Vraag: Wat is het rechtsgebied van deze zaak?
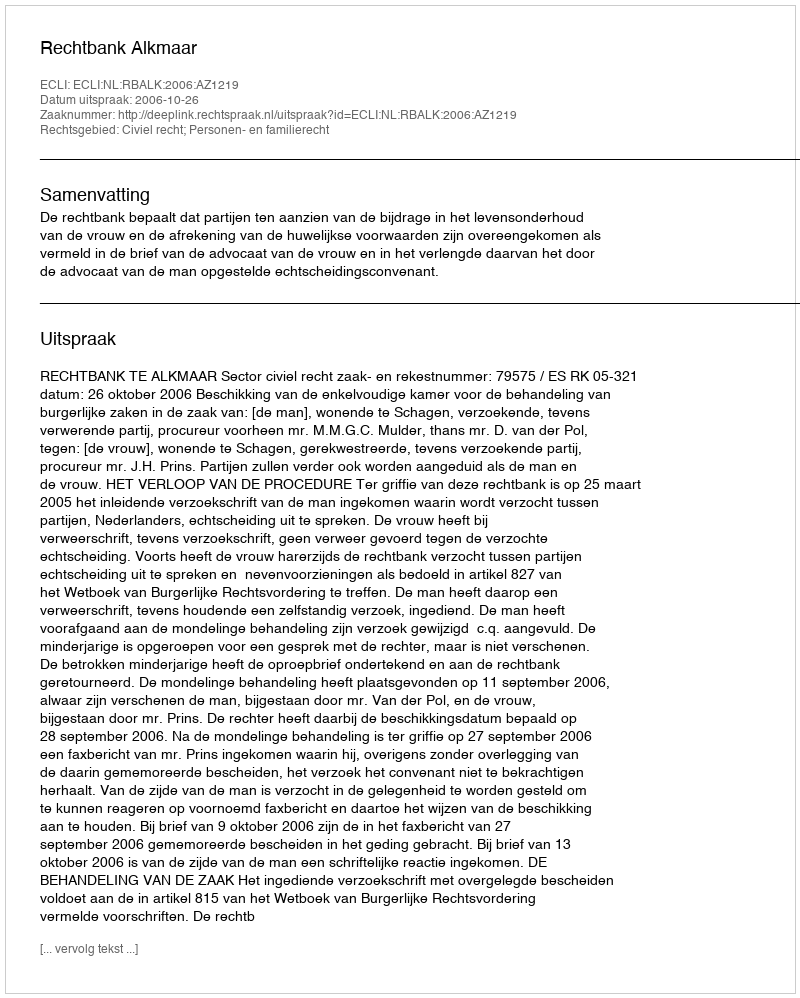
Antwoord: Civiel recht; Personen- en familierecht